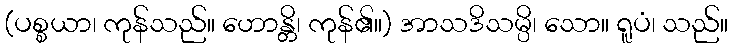
(ပစ္စယာ၊ ကုန်သည်။ ဟောန္တိ၊ ကုန်၏။) အာသဒိသမ္ပိ၊ သော။ ရူပံ၊ သည်။